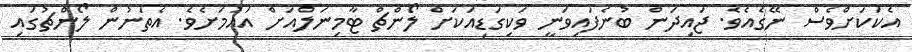
އެކަކަށްވެސް ނޭގެއެވެ. ޖައިދަން ބުނެފައިވަނީ ވަކިގަޑިއަކަށް ލޯންޗް ޓާމިނަލްއަށް އައުމަށެވެ. އެތަނުން ލޯންޗުގައި